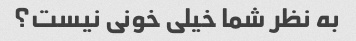
به نظر شما خیلی خونی نیست؟